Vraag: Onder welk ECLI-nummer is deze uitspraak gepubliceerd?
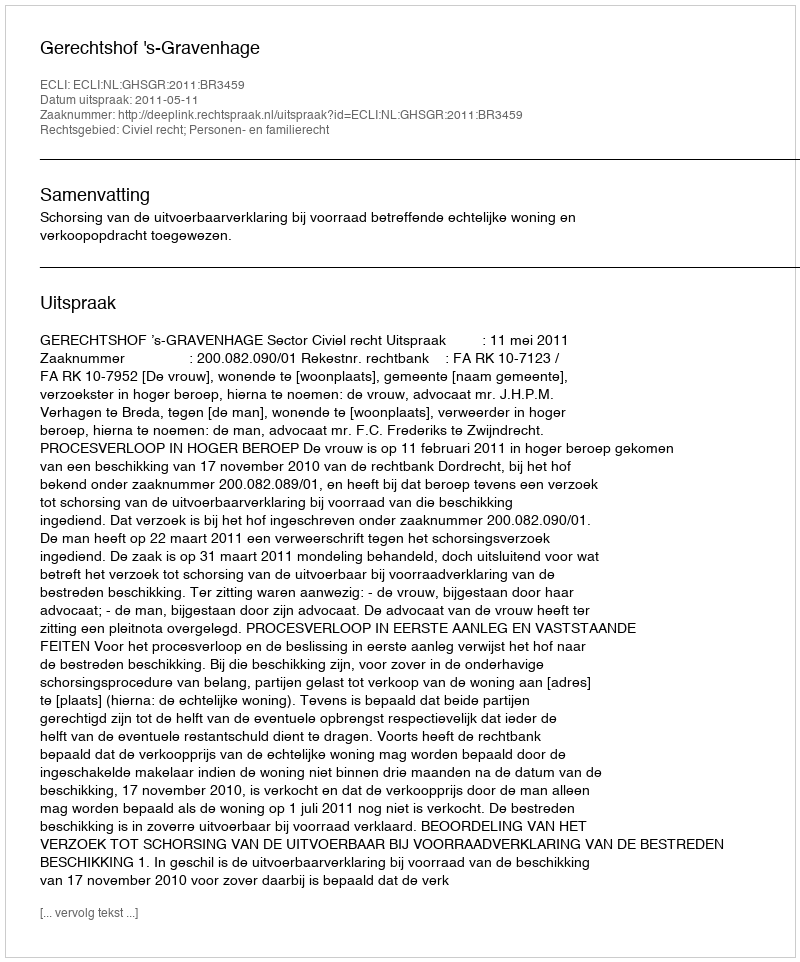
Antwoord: ECLI:NL:GHSGR:2011:BR3459